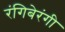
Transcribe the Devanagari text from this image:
रंगिबेरंगी